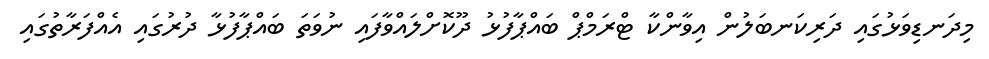
މިދަނޑިވަޅުގައި ދަރިކަނބަލުން އިވާންކާ ޓްރަމްޕް ބައްޕާފުޅު ދޫކޮށްލައްވާފައި ނުވަތަ ބައްޕާފުޅާ ދުރުގައި އެއްފަރާތުގައި